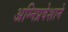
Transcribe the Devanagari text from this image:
अग्‍निप्रवेशाने